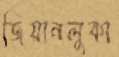
জিয়ানলুকা